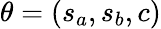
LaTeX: \theta=(s_{a},s_{b},c)